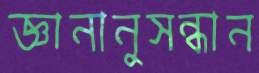
জ্ঞানানুসন্ধান